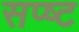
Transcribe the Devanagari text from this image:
सप्ष्ट